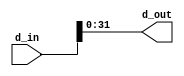
`timescale 1ns / 1ps



module data_router_48_32(
    input [47:0] d_in,
    output [31:0] d_out
    );
	
	assign d_out = d_in[31:0];
endmodule